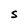
Character: S